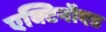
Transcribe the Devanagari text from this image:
एक्टिनॉएड